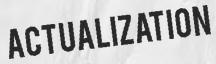
ACTUALIZATION